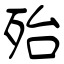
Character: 殆